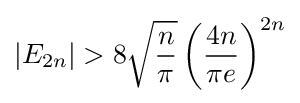
|E_{2n}|>8{\sqrt {\frac {n}{\pi }}}\left({\frac {4n}{\pi e}}\right)^{2n}